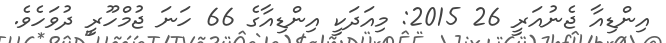
އިންޑިއާ ޖެނުއަރީ 26 2015: މިއަދަކީ އިންޑިއާގެ 66 ހަނަ ޖުމްހޫރީ ދުވަހެވެ.